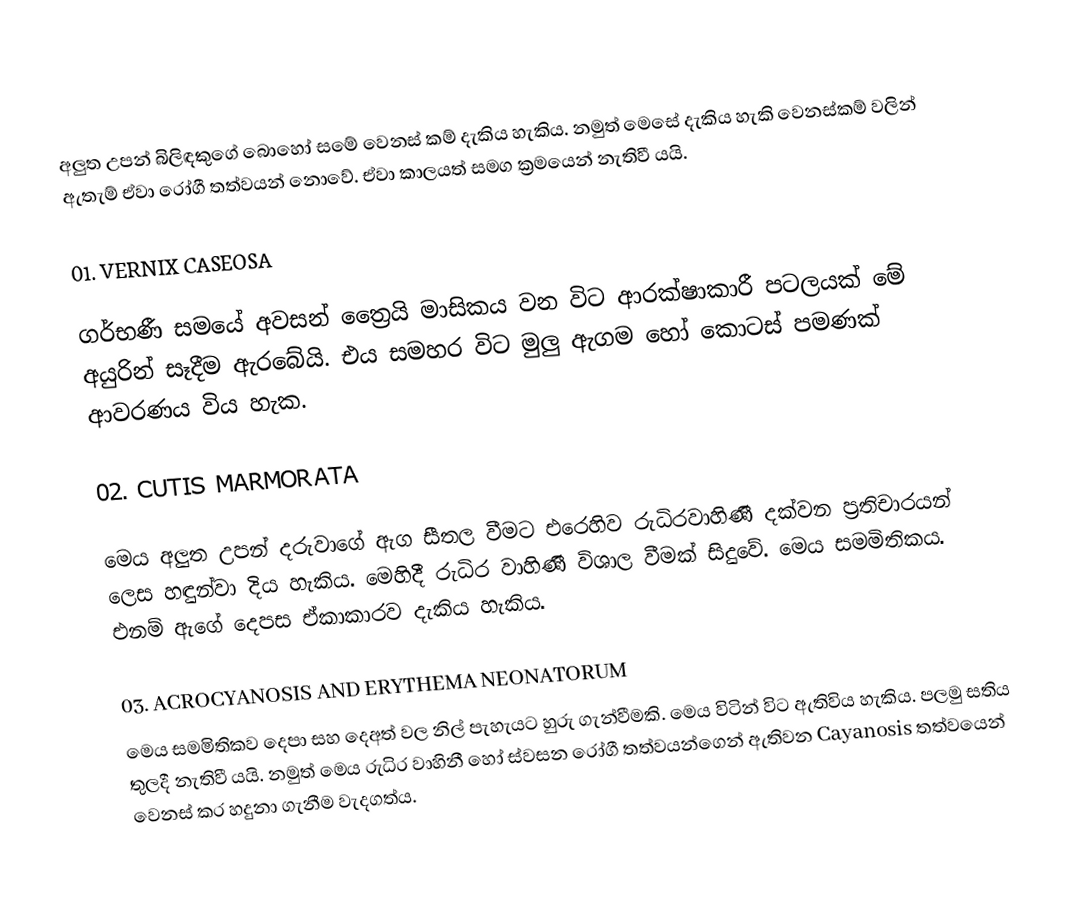
අලුත උපන් බිලිඳකුගේ බොහෝ සමේ වෙනස් කම් දැකිය හැකිය. නමුත් මෙසේ දැකිය හැකි වෙනස්කම් වලින් ඇතැම් ඒවා රෝගී තත්වයන් නොවේ. ඒවා කාලයත් සමග ක්‍රමයෙන් නැතිවී යයි.

01.  VERNIX CASEOSA

ගර්භණී සමයේ අවසන් ත්‍රෛයි මාසිකය වන විට ආරක්ෂාකාරී පටලයක් මේ අයුරින් සෑදීම ඇරබේයි. එය සමහර විට මුලු ඇගම හෝ කොටස් පමණක් ආවරණය විය හැක.

02.  CUTIS MARMORATA

මෙය අලුත උපන් දරුවාගේ ඇග සීතල වීමට එරෙහිව රුධිරවාහිණී දක්වන ප්‍රතිචාරයන් ලෙස හඳුන්වා දිය හැකිය. මෙහිදී රුධිර වාහිණී විශාල වීමක් සිදුවේ. මෙය සමමිතිකය. එනම් ඇගේ දෙපස ඒකාකාරව දැකිය හැකිය.

03.  ACROCYANOSIS AND ERYTHEMA NEONATORUM
මෙය සමමිතිකව දෙපා සහ දෙඅත් වල නිල් පැහැයට හුරු ගැන්වීමකි. මෙය විටින් විට ඇතිවිය හැකිය. පලමු සතිය තුලදී නැතිවී යයි. නමුත් මෙය රුධිර වාහිනී හෝ ස්වසන රෝගී තත්වයන්ගෙන් ඇතිවන Cayanosis තත්වයෙන් වෙනස් කර හදුනා ගැනීම වැදගත්ය.